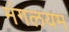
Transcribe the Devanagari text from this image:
मंगलयम